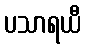
ပသာရယီ